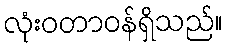
လုံးဝတာဝန်ရှိသည်။